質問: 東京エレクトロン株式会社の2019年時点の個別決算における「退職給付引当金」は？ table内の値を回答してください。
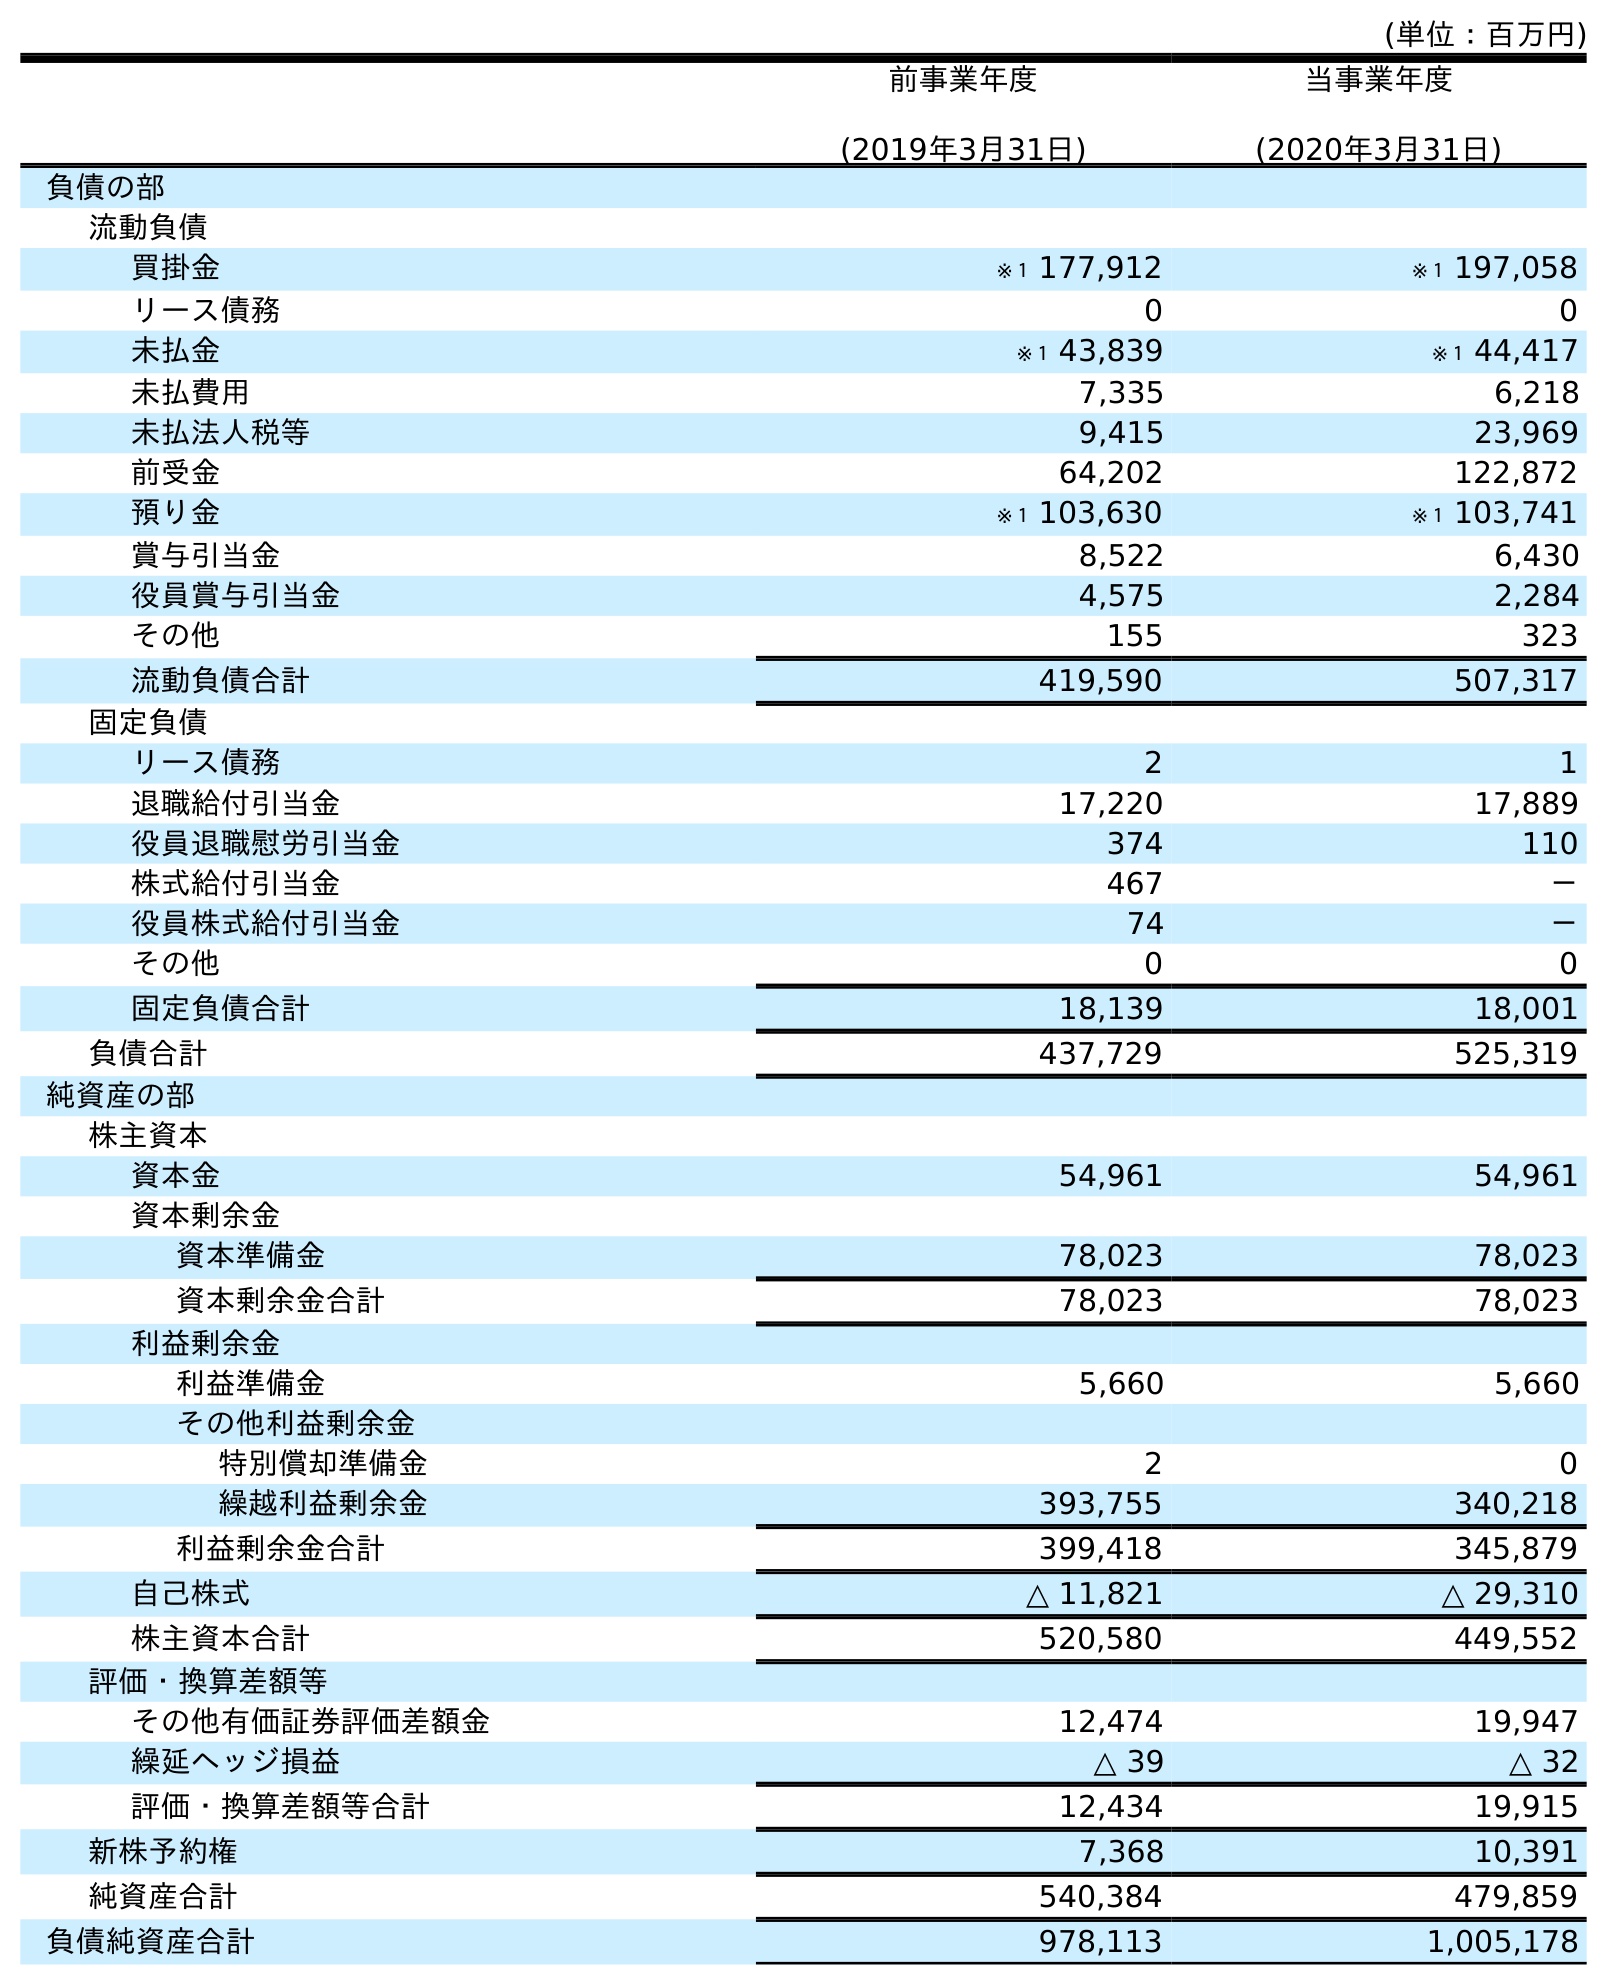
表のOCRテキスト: (単位：百万円) 前事業年度 (2019年3月31日) 当事業年度 (2020年3月31日) 負債の部 流動負債 買掛金 ※１ 177,912 ※１ 197,058 リース債務 0 0 未払金 ※１ 43,839 ※１ 44,417 未払費用 7,335 6,218 未払法人税等 9,415 23,969 前受金 64,202 122,872 預り金 ※１ 103,630 ※１ 103,741 賞与引当金 8,522 6,430 役員賞与引当金 4,575 2,284 その他 155 323 流動負債合計 419,590 507,317 固定負債 リース債務 2 1 退職給付引当金 17,220 17,889 役員退職慰労引当金 374 110 株式給付引当金 467 － 役員株式給付引当金 74 － その他 0 0 固定負債合計 18,139 18,001 負債合計 437,729 525,319 純資産の部 株主資本 資本金 54,961 54,961 資本剰余金 資本準備金 78,023 78,023 資本剰余金合計 78,023 78,023 利益剰余金 利益準備金 5,660 5,660 その他利益剰余金 特別償却準備金 2 0 繰越利益剰余金 393,755 340,218 利益剰余金合計 399,418 345,879 自己株式 △ 11,821 △ 29,310 株主資本合計 520,580 449,552 評価・換算差額等 その他有価証券評価差額金 12,474 19,947 繰延ヘッジ損益 △ 39 △ 32 評価・換算差額等合計 12,434 19,915 新株予約権 7,368 10,391 純資産合計 540,384 479,859 負債純資産合計 978,113 1,005,178
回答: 17,220